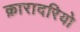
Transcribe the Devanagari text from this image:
क़ारादरियो